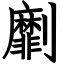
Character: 劘